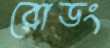
রোডং